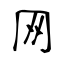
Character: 网